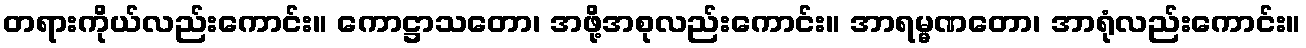
တရားကိုယ်လည်းကောင်း။ ကောဋ္ဌာသတော၊ အဖို့အစုလည်းကောင်း။ အာရမ္မဏတော၊ အာရုံလည်းကောင်း။